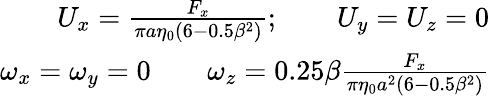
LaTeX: \begin{array}{r}{U_{x}=\frac{F_{x}}{\pi a\eta_{0}(6-0.5\beta^{2})};\qquad U_{y}=U_{z}=0}\\ {\omega_{x}=\omega_{y}=0\qquad\omega_{z}=0.25\beta\frac{F_{x}}{\pi\eta_{0}a^{2}(6-0.5\beta^{2})}}\end{array}